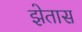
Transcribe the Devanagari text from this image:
झेतास